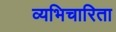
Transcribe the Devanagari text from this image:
व्यभिचारिता